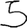
Digit: 5